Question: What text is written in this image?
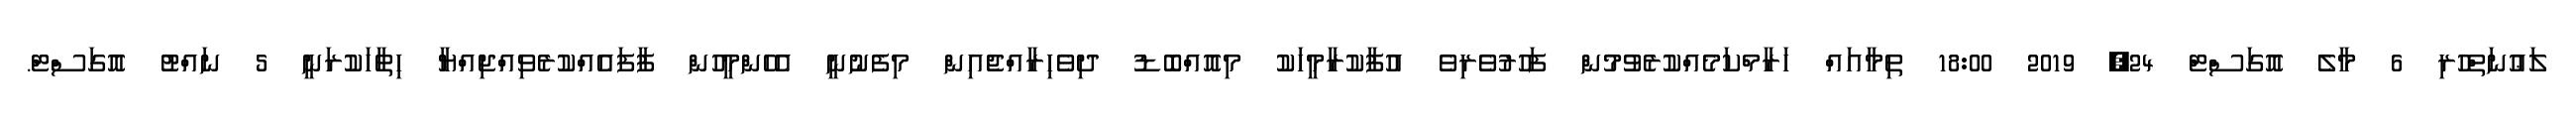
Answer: ލަޢުނަތްހުރި 6 މާލެ އޮގަސްޓް 24, 2019 18:00 ތިމާއައް ހަރާމްކަމެއްކުރެވުމުން ފަހުރުވެރިވެ އުފާކުރާމީހަކު މިއޮއްބޮޑު ދިވެހިރާއްޖެއިން މިފެނުނީ އެހެންމީހުން ފާފައެއްކުރެވިއްޖިއްޔާ ހިތާހަކުރަނީ 5 ނައްޓު އޮގަސްޓް.